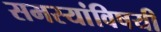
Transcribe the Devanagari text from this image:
समस्यांविषयी